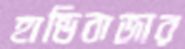
হান্ডিবাজার